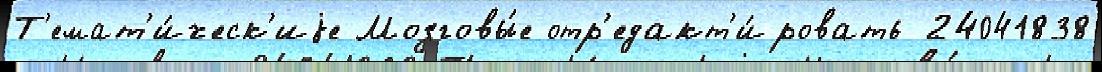
Т'емат'и́ческ'иjе Мозговы́е отр'едакт'и́ровать 24041838